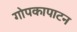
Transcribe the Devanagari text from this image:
गोपकापाटन